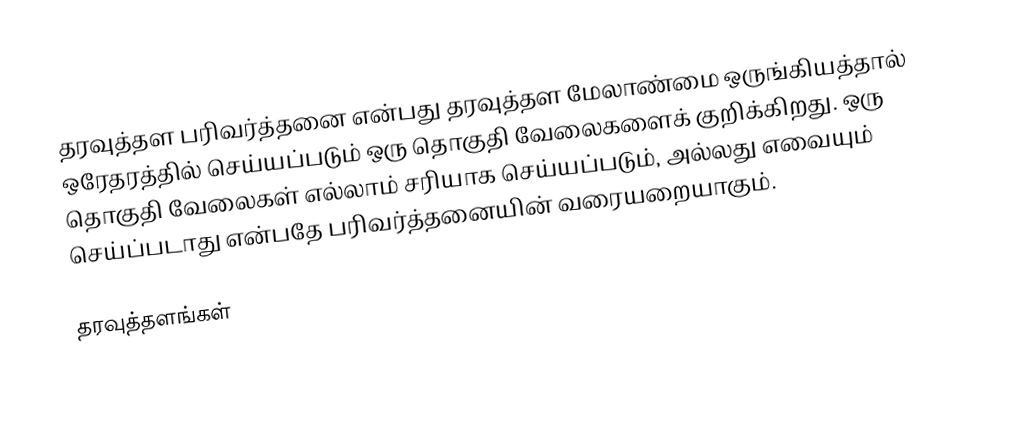
தரவுத்தள பரிவர்த்தனை என்பது தரவுத்தள மேலாண்மை ஒருங்கியத்தால் ஒரேதரத்தில் செய்யப்படும் ஒரு தொகுதி வேலைகளைக் குறிக்கிறது.   ஒரு தொகுதி வேலைகள் எல்லாம் சரியாக செய்யப்படும், அல்லது எவையும் செய்ப்படாது என்பதே பரிவர்த்தனையின் வரையறையாகும்.

தரவுத்தளங்கள்